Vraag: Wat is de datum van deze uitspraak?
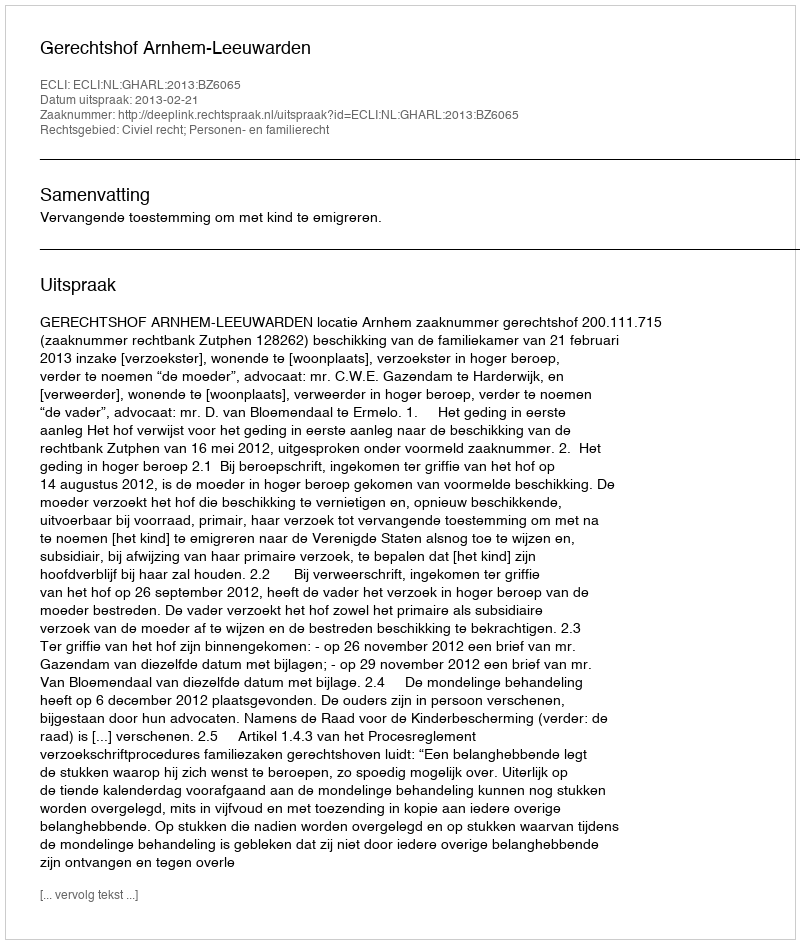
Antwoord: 2013-02-21